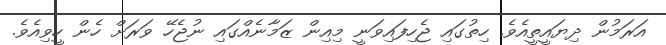
އަރަމުން ދިޔައީތީއެވެ. ހިތުގައި ޖެހިފައިވަނީ މިއިން ޒަމާނެއްގައި ނުޖެހޭ ވަރަށް ހެން ހީވިއެވެ.